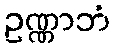
ဥဏ္ဏာဘံ